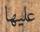
عليھا